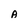
Character: A